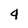
Character: 4